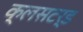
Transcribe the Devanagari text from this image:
क्लसटर्ड